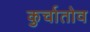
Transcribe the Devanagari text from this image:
कुर्चातोव